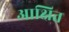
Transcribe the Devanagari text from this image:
आक्षित